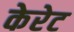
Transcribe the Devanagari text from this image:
केरेट